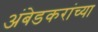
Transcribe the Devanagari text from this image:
अंबेडकरांच्या